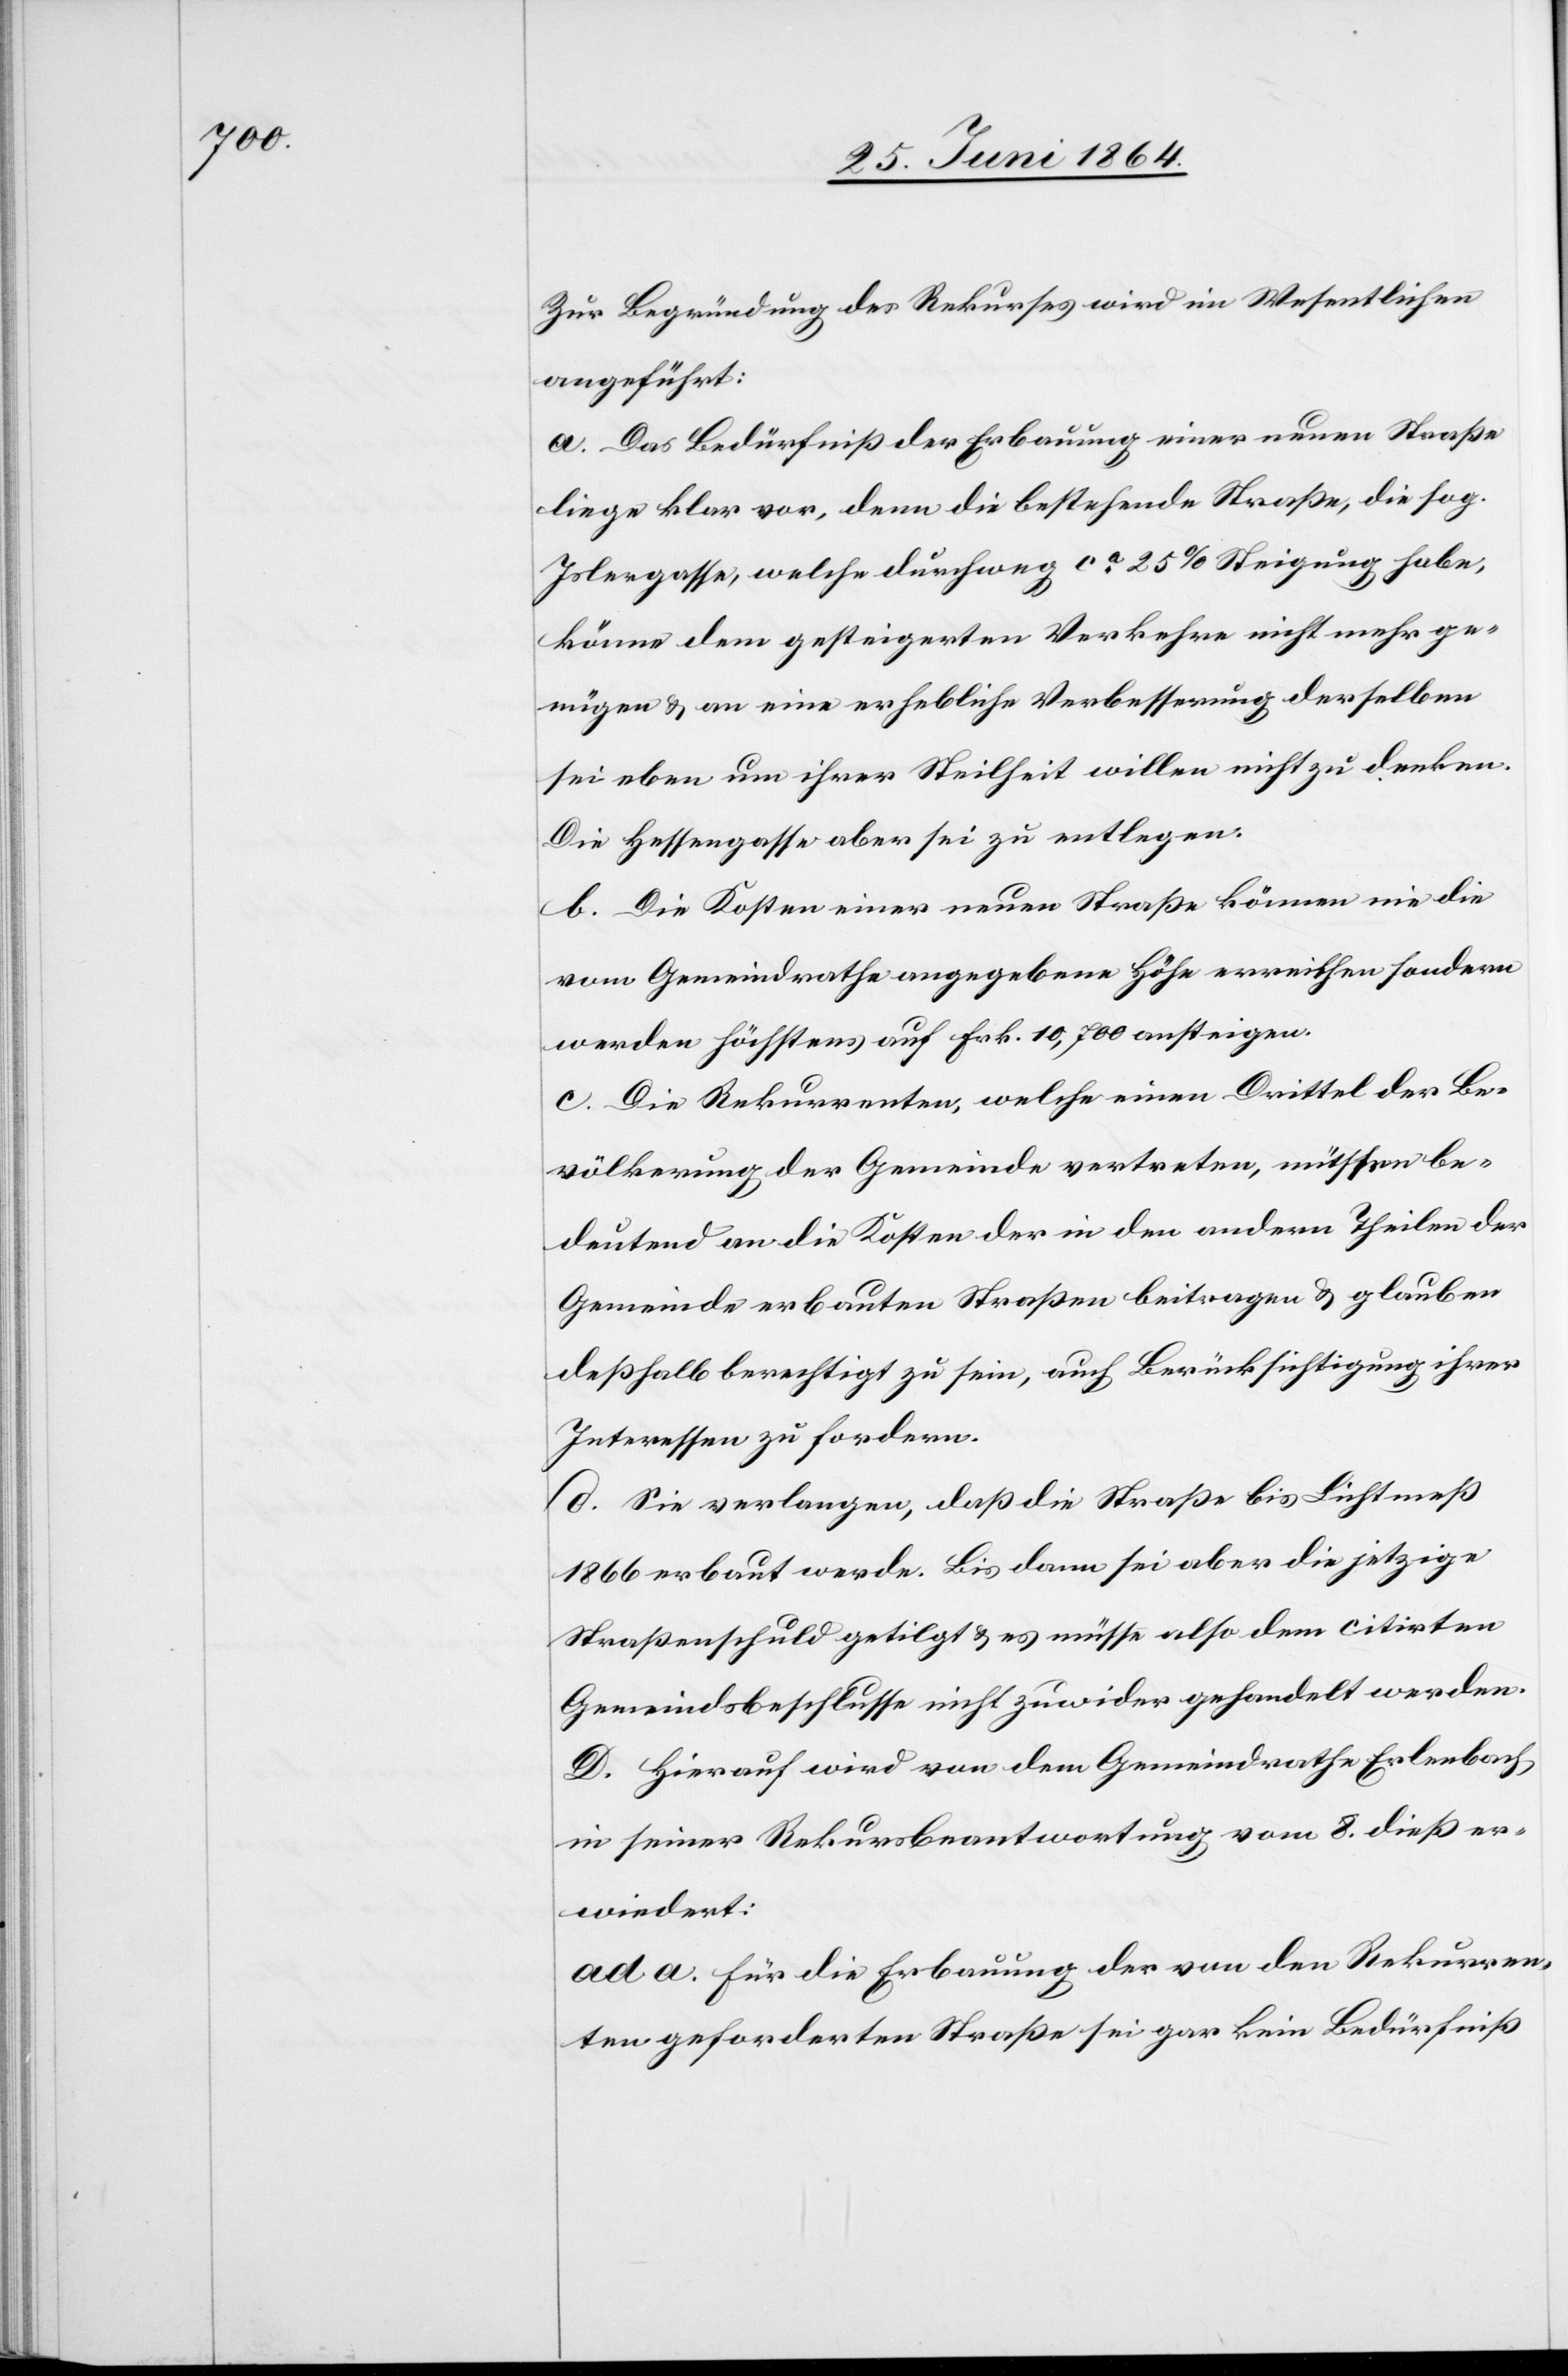
Zur Begründung des Rekurses wird im Wesentlichen
angeführt:
a. Das Bedürfniß der Erbauung einer neuen Straße
liege klar vor, denn die bestehende Straße, die sog.
Islergasse, welche durchweg ca 25% Steigung habe,
könne dem gesteigerten Verkehr nicht mehr ge¬
nügen u. an eine erhebliche Verbesserung derselben
sei eben um ihrer Steilheit willen nicht zu denken.
Die Hessengasse aber sei zu entlegen.
b. Die Kosten einer neuen Straße können nie die
vom Gemeindrathe angegebene Höhe erreichen sondern
werden höchstens auf Frk. 10,700 ansteigen.
c. Die Rekurrenten, welche einen Drittel der Be¬
völkerung der Gemeinde vertreten, [?müssen] be¬
deutend an die Kosten der in andern Theilen der
Gemeinde erbauten Straßen beitragen u. glauben
deßhalb berechtigt zu sein, auch Berücksichtigung ihrer
Interessen zu fordern.
d. Sie verlangen, daß die Straße bis Lichtmeß
1866 erbaut werde. Bis dann sei aber die jetzige
Straßenschuld getilgt u. es müsse also dem citirten
Gemeindsbeschlusse nicht zuwider gehandelt werden.
D. Hierauf wird von dem Gemeindrathe Erlenbach
in seiner Rekursbeantwortung vom 8. dieß er¬
wiedert:
ad a. Für die Erbauung der von den Rekurren¬
ten geforderten Straße sei gar kein Bedürfniß